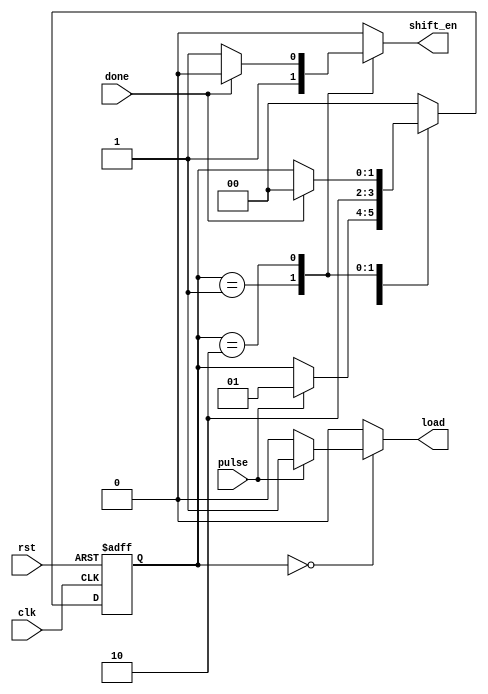
module controller_tx(
    input clk,          // System clock signal.
    input rst,          // Asynchronous reset signal, active high.
    input pulse,        // Trigger signal for initiating data load, active high.
    input done,         // Signal from the bit counter indicating completion of transmission.
    output reg shift_en,// Control signal to enable shifting of data out of the shift register.
    output reg load     // Control signal to load data into the shift register.
);

    // State definitions using parameter
    parameter IDLE = 2'b00,  // IDLE state: waiting for a pulse to begin the process.
             LOAD = 2'b01,  // LOAD state: data is loaded into the shift register.
             SHIFT = 2'b10; // SHIFT state: data is being shifted out serially.

    reg [1:0] current_state, next_state; // Registers to hold the current and next state of the FSM.

    // Sequential block for state transitions
    always @(posedge clk or posedge rst) begin
        if (rst) begin
            current_state <= IDLE; // Reset to initial state
        end else begin
            current_state <= next_state; // Transition to the next state
        end
    end

    // Combinational block for next state logic and output logic
    always @(current_state, pulse, done) begin
        // Default assignments to prevent latch synthesis
        shift_en = 1'b0; // Default disabled
        load = 1'b0;     // Default disabled
        next_state = current_state; // Default to stay in the current state

        case (current_state)
            IDLE: begin
                if (pulse) begin
                    // On detecting a pulse, transition to the LOAD state.
                    next_state = LOAD;
                    load = 1'b1; // Assert load signal to load data into the shift register
                end
            end
            LOAD: begin
                // Transition to the SHIFT state to begin data transmission.
                next_state = SHIFT;
                shift_en = 1'b1; // Assert shift_en to enable shifting of data
            end
            SHIFT: begin
                if (done) begin
                    // If done, transition back to IDLE.
                    next_state = IDLE;
                end else begin
                    // Remain in SHIFT state and continue transmission.
                    shift_en = 1'b1; // Keep shift_en asserted
                end
            end
            default: begin
                // For any undefined state, reset to IDLE.
                next_state = IDLE;
            end
        endcase
    end

endmodule